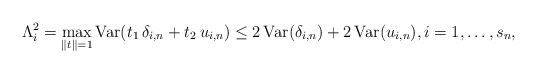
\begin{align*}\Lambda _{i}^{2}=\max_{\left\| t\right\| =1}\mbox{Var}(t_{1}\,\delta_{i,n}+t_{2}\,u_{i,n})\leq 2\,\mbox{Var}(\delta _{i,n})+2\,\mbox{Var}(u_{i,n}),i=1,\ldots ,s_{n}, \end{align*}